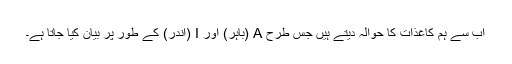
اب سے ہم کاغذات کا حوالہ دیتے ہیں جس طرح A (باہر) اور I (اندر) کے طور پر بیان کیا جاتا ہے۔